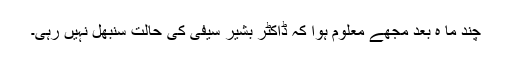
چند ما ہ بعد مجھے معلوم ہوا کہ ڈاکٹر بشیر سیفی کی حالت سنبھل نہیں رہی۔